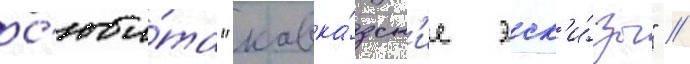
с'юи́та "кавка́зск'ие эск'и́зы" /